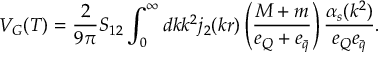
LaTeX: V _ { G } ( T ) = \frac { 2 } { 9 \pi } S _ { 1 2 } \int _ { 0 } ^ { \infty } d k k ^ { 2 } j _ { 2 } ( k r ) \left( \frac { M + m } { e _ { Q } + e _ { \bar { q } } } \right) \frac { \alpha _ { s } ( k ^ { 2 } ) } { e _ { Q } e _ { \bar { q } } } .